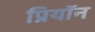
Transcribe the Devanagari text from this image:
प्रियॉन